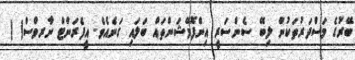
ބޭރުގެ މަސްދަރުތަކުން ލިބޭ ސެންސަރީ އިންފޮމޭޝަންތައް ބަލައި ގަނެއެވެ. އީފެރަންޓް ނާރވްސް( )